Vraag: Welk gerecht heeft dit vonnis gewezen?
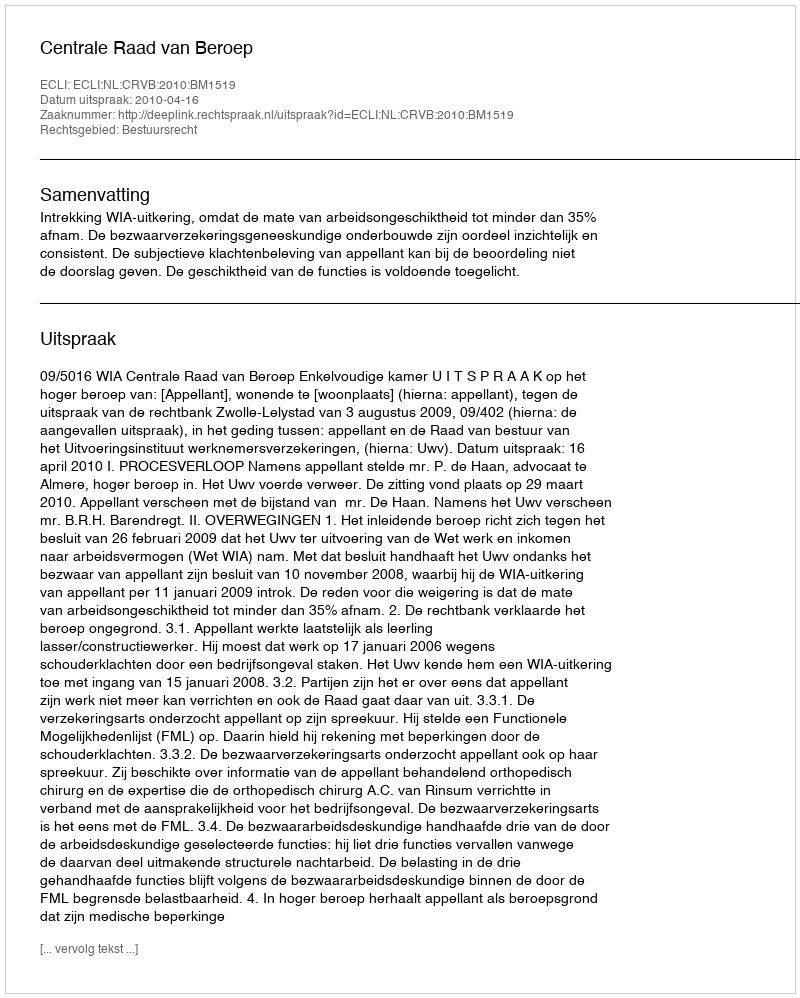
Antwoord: Centrale Raad van Beroep